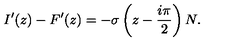
I ^ { \prime } ( z ) - F ^ { \prime } ( z ) = - \sigma \left( z - \frac { i \pi } { 2 } \right) N .